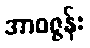
အာဝဇ္ဇန်း